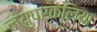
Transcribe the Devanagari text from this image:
ल्युपरकेलिया